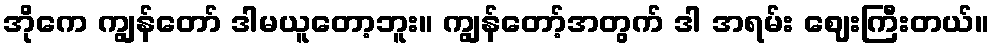
အိုကေ ကျွန်တော် ဒါမယူတော့ဘူး။ ကျွန်တော့်အတွက် ဒါ အရမ်း ဈေးကြီးတယ်။